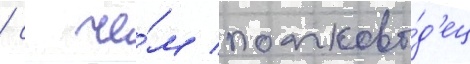
/ с че́м полково́д'ец